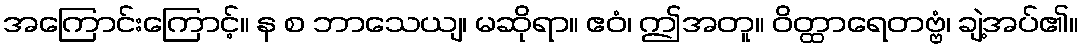
အကြောင်းကြောင့်။ န စ ဘာသေယျ၊ မဆိုရာ။ ဧဝံ၊ ဤအတူ။ ဝိတ္ထာရေတဗ္ဗံ၊ ချဲ့အပ်၏။